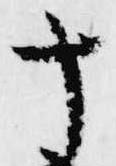
十